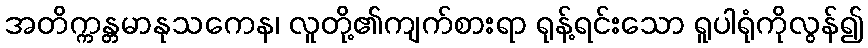
အတိက္ကန္တမာနုသကေန၊ လူတို့၏ကျက်စားရာ ရုန့်ရင်းသော ရူပါရုံကိုလွန်၍